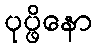
ပုပ္ဖိနော